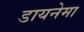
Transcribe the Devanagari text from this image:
डायनेमा